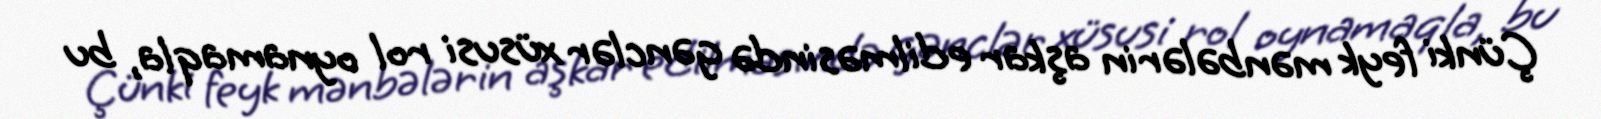
Çünki feyk mənbələrin aşkar edilməsində gənclər xüsusi rol oynamaqla, bu